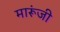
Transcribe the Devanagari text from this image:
मारूंजी